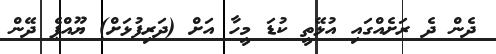
ދެން ދެ ރަށެއްގައި އުޅޭތީ ކުޑަ މީހާ އަށް (ދަރިފުޅަށް) ޔޫއްޕެ ދޭން